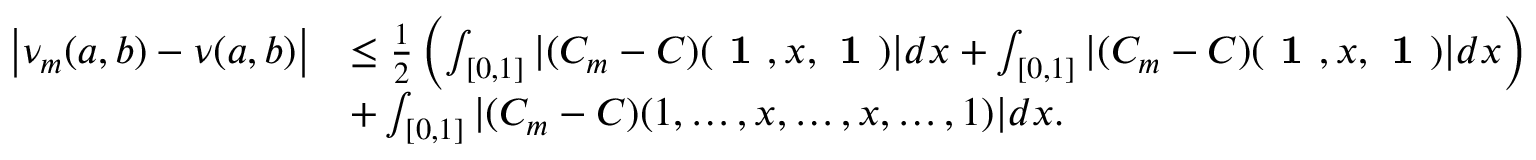
\begin{array} { r l } { \left| \nu _ { m } ( a , b ) - \nu ( a , b ) \right| } & { \leq \frac { 1 } { 2 } \left( \int _ { [ 0 , 1 ] } | ( C _ { m } - C ) ( \textbf { 1 } , x , \textbf { 1 } ) | d x + \int _ { [ 0 , 1 ] } | ( C _ { m } - C ) ( \textbf { 1 } , x , \textbf { 1 } ) | d x \right) } \\ & { + \int _ { [ 0 , 1 ] } | ( C _ { m } - C ) ( 1 , \dots , x , \dots , x , \dots , 1 ) | d x . } \end{array}